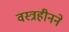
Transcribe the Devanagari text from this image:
वस्त्रहीनने